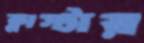
ক্লাস্টার